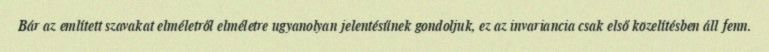
Bár az említett szavakat elméletről elméletre ugyanolyan jelentésűnek gondoljuk, ez az invariancia csak első közelítésben áll fenn.